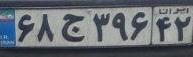
۶۸ج۳۹۶۴۲